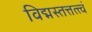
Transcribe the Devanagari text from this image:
विद्मस्तत्तत्त्वं